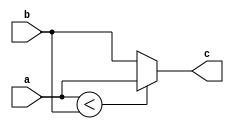
/*
module sub_test (
input a,b,
output reg c
);
    assign c = (a < b) ? a : b;
endmodule

module test (
input a,b,c,
output o 
);
    reg temp;
    sub_test (.a(a), .b(b), temp);
    sub_test (temp, c, .c(o));
endmodule
*/

/*
errors:
1.  c  assign  reg ;
2. ;
3. temp 
*/

module sub_test (
input a,b,
output c
);
    assign c = (a < b) ? a : b;
endmodule

module test (
input a,b,c,
output o 
);
    wire temp;
    sub_test sub_test1 (.a(a), .b(b), .c(temp));
    sub_test sub_test2 (.a(temp), .b(c), .c(o));
endmodule